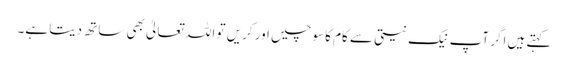
کہتے ہیں اگر آپ نیک نیتی سے کام کا سوچیں اور کریں تو اللہ تعالیٰ بھی ساتھ دیتا ہے۔